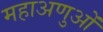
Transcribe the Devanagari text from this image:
महाअणुओं